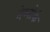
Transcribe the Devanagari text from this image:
नेव्योर्क